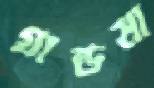
গ্রান্ডমা